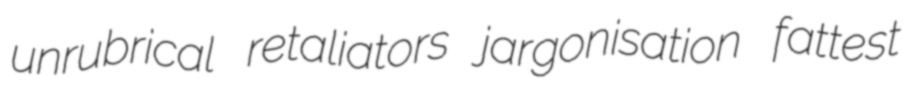
unrubrical retaliators jargonisation fattest